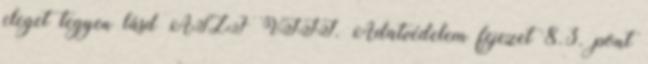
eleget tegyen lásd ÁSZF VIII. Adatvédelem fejezet 8.3. pont